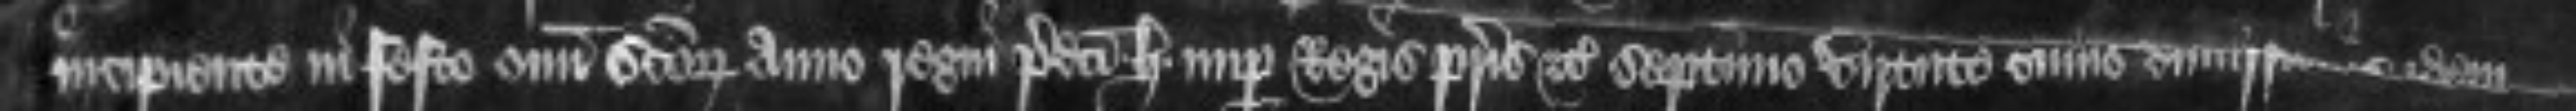
incipiente in festo omnium Sanctorum anno regni predicti Henrici nuper Regis patris etc septimo virtute cuius dimissionis idem